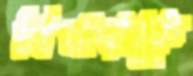
বিথারকে